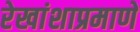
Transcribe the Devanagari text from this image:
रेखांशाप्रमाणे